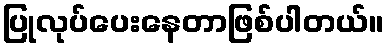
ပြုလုပ်ပေးနေတာဖြစ်ပါတယ်။